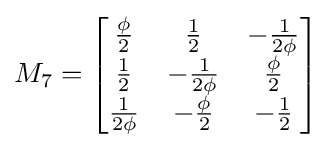
M_{7}={\begin{bmatrix}{\frac {\phi }{2}}&{\frac {1}{2}}&-{\frac {1}{2\phi }}\\{\frac {1}{2}}&-{\frac {1}{2\phi }}&{\frac {\phi }{2}}\\{\frac {1}{2\phi }}&-{\frac {\phi }{2}}&-{\frac {1}{2}}\end{bmatrix}}